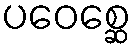
ပဝေစ္ဆေ